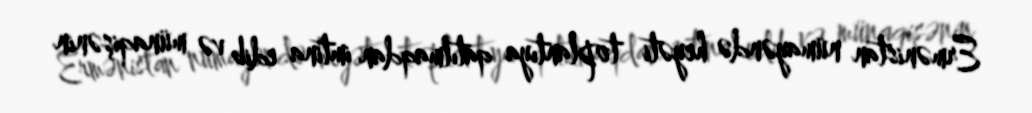
Ermənistan nümayəndə heyəti toplantıya qatılmaqdan imtina edib və münaqişənin